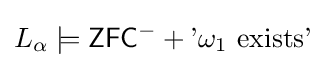
L_{\alpha }\models {\mathsf {ZFC^{-}}}+{\text{'}}\omega _{1}{\text{ exists'}}